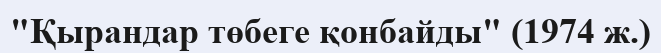
"Қырандар төбеге қонбайды" (1974 ж.)